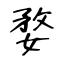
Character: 婺